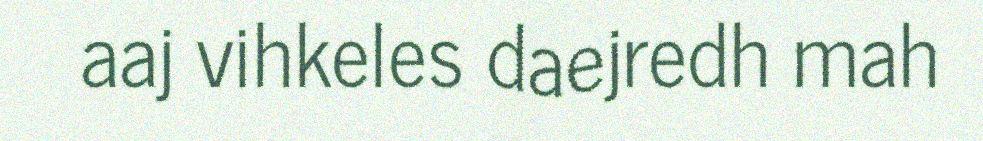
aaj vihkeles daejredh mah